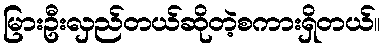
မြားဦးလှည်တယ်ဆိုတဲ့စကားရှိတယ်။